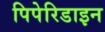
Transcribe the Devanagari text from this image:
पिपेरिडाइन